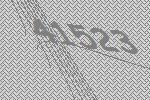
41523